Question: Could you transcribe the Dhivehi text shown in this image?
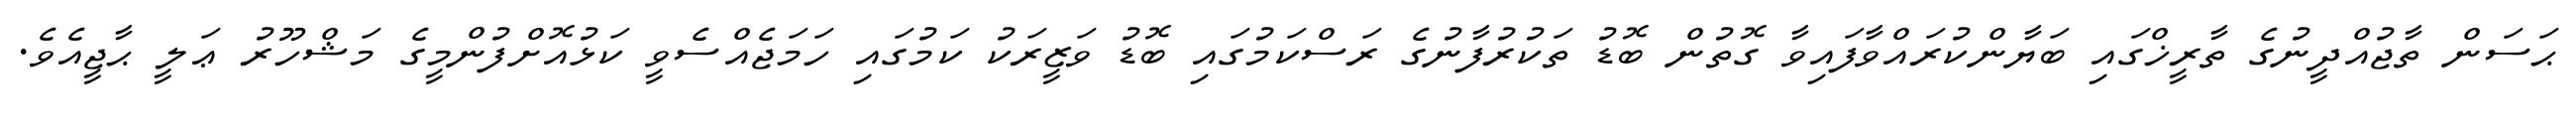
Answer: ޙަސަން ތާޖުއްދީނުގެ ތާރީޚްގައި ބަޔާންކުރައްވާފައިވާ ގޮތުން ބޮޑު ތަކުރުފާނުގެ ރަސްކަމުގައި ބޮޑު ވަޒީރަކު ކަމުގައި ހަމަޖެއްސެވީ ކަޅުއޮށްފުންމީގެ މަޝްހޫރު ޢަލީ ޙާޖީއެވެ.